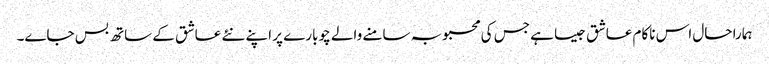
ہمارا حال اس ناکام عاشق جیسا ہے جس کی محبوبہ سامنے والے چوبارے پر اپنے نئے عاشق کے ساتھ بس جاے۔